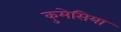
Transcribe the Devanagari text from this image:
कुमेसिया